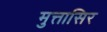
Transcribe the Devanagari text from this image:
मुत्तासिर